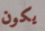
يكون